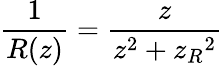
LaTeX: \frac{1}{R(z)}=\frac{z}{z^{2}+{z_{R}}^{2}}